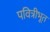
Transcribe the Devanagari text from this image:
पवित्रीभूत